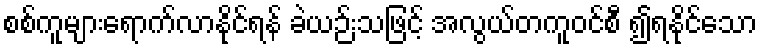
စစ်ကူများရောက်လာနိုင်ရန် ခဲယဉ်းသဖြင့် အလွယ်တကူဝင်စီ ၍ရနိုင်သော